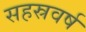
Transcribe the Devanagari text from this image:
सहस्रवर्ष